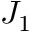
J _ { 1 }